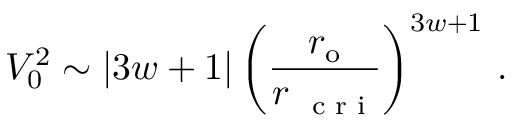
V _ { 0 } ^ { 2 } \sim \left| 3 w + 1 \right| \left( \frac { r _ { \mathrm { { o } } } } { r _ { \mathrm { ~ \scriptsize ~ c ~ r ~ i ~ } } } \right) ^ { 3 w + 1 } \, .